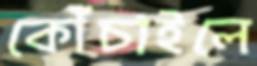
কোঁচাইলে